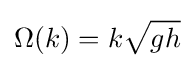
\Omega (k)=k{\sqrt {gh}}